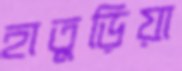
হাতুড়িয়া